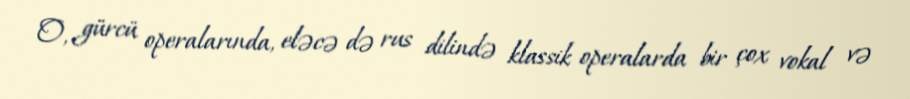
O, gürcü operalarında, eləcə də rus dilində klassik operalarda bir çox vokal və